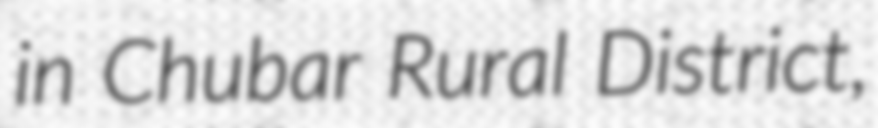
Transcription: in Chubar Rural District,